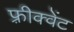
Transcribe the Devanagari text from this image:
फ़्रीक्वेंट